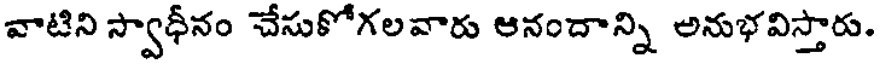
వాటిని స్వాధీనం చేసుకోగలవారు ఆనందాన్ని అనుభవిస్తారు.